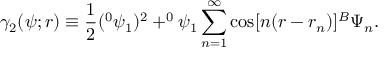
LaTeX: \gamma _ { 2 } ( \psi ; r ) \equiv \frac 1 2 ( ^ { 0 } \psi _ { 1 } ) ^ { 2 } + ^ { 0 } \psi _ { 1 } \sum _ { n = 1 } ^ { \infty } \cos [ n ( r - r _ { n } ) ] ^ { B } \Psi _ { n } .